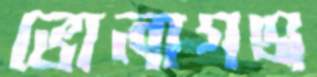
ভোলাগঞ্জ